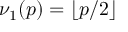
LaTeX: \nu _ { 1 } ( p ) = \lfloor p / 2 \rfloor